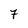
Character: 7